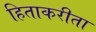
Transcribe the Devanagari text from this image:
हिताकरीता